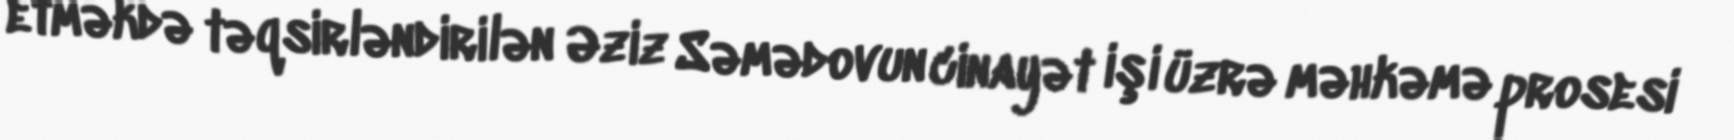
etməkdə təqsirləndirilən Əziz Səmədovun cinayət işi üzrə məhkəmə prosesi